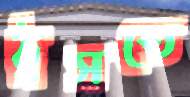
ঠুসতে